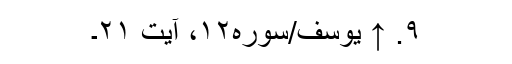
۹. ↑ یوسف/سوره۱۲، آیت ۲۱۔